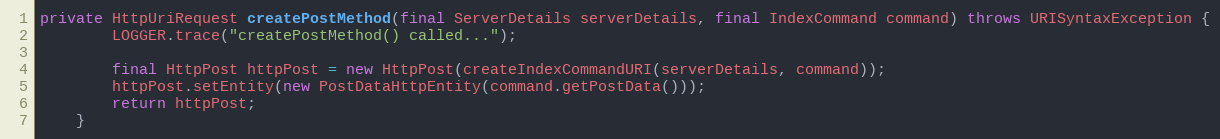
Language: Java
private HttpUriRequest createPostMethod(final ServerDetails serverDetails, final IndexCommand command) throws URISyntaxException {
        LOGGER.trace("createPostMethod() called...");

        final HttpPost httpPost = new HttpPost(createIndexCommandURI(serverDetails, command));
        httpPost.setEntity(new PostDataHttpEntity(command.getPostData()));
        return httpPost;
    }